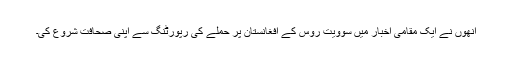
انھوں نے ایک مقامی اخبار میں سوویت روس کے افغانستان پر حملے کی رپورٹنگ سے اپنی صحافت شروع کی۔